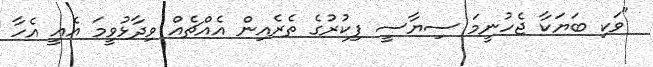
"ވަކި ބަޔަކާ ޖެހުނީމަ ސިޔާސީ ފިކުރުގެ ތެރެއިން އެއްޗެއް ވިދާޅުވީމަ އެއީ އެހާ